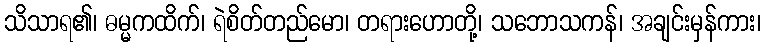
သိသာရ၏၊ ဓမ္မကထိက်၊ ရဲစိတ်တည်မော၊ တရားဟောတို့၊ သဘောသကန်၊ အချင်းမှန်ကား၊